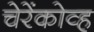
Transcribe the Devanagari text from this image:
चेरेंकोव्ह